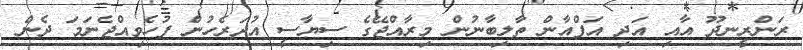
ރަންރީނދޫ އާއި އަދި އަފްއާން ތާލިބާނުން މިރާއްޖޭގެ ސިޔާސީ އުދަރެހުން ފުހެވިއްޖެނަމަ ދެން